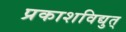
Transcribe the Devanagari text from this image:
प्रकाशविद्युत्‌